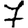
Digit: 7